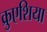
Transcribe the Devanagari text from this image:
क्रुएशिया